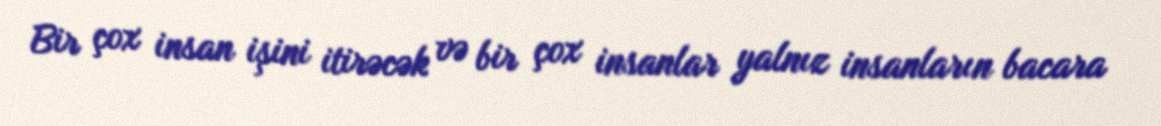
Bir çox insan işini itirəcək və bir çox insanlar yalnız insanların bacara